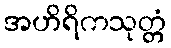
အဟိရိကသုတ္တံ